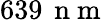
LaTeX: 639\, \mathrm{~n~m~}